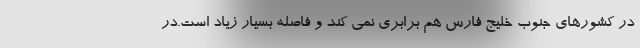
در کشورهای جنوب خلیج فارس هم برابری نمی کند و فاصله بسیار زیاد است.در